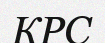
КРС